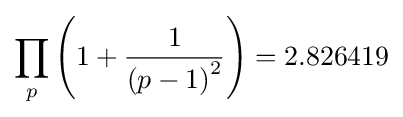
\prod _{p}\left(1+{\frac {1}{\left(p-1\right)^{2}}}\right)=2.826419